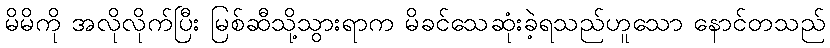
မိမိကို အလိုလိုက်ပြီး မြစ်ဆီသို့သွားရာက မိခင်သေဆုံးခဲ့ရသည်ဟူသော နောင်တသည်